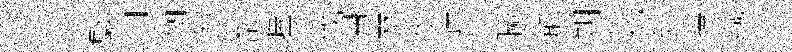
辉緊洄伽匆馥嶧零伐身燹麥诗茶聯邂朔耗貂擇熾